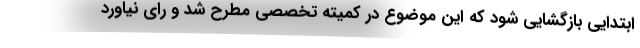
ابتدایی بازگشایی شود که این موضوع در کمیته تخصصی مطرح شد و رای نیاورد